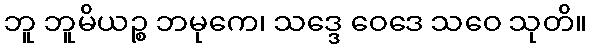
ဘူ ဘူမိယဉ္စ ဘမုကေ၊ သဒ္ဒေ ဝေဒေ သဝေ သုတိ။